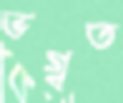
ভগ্বত